Vaccination in the Punjab 1883-1896 - 1883-1896
Year: 1883
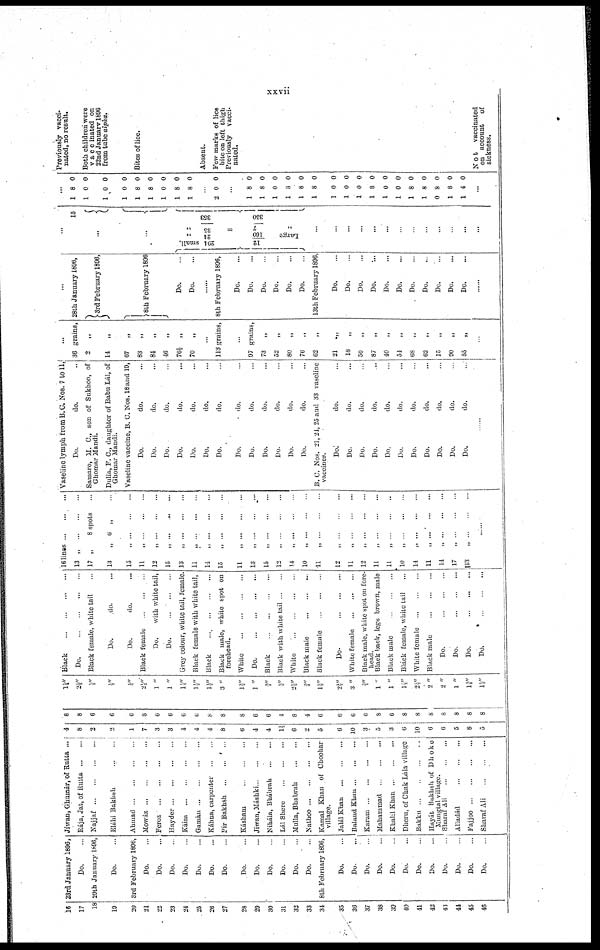
xxvii
16
17
18
19
20
21
22
23
24
25
26
27
28
29
30
31
32
33
34
35
36
37
38
39
40
41
42
43
44
45
46
23rd January 1896,
Do. ...
20th January 1896,
Do. ...
3rd February 1896,
Do. ...
Do. ...
Do. ...
Do. ...
Do. ...
Do. ...
Do. ...
Do. ...
Do. ...
Do. ...
Do. ...
Do. ...
Do. ...
8th February 1806,
Do. ...
Do. ...
Do. ...
Do. ...
Do. ...
Do. ...
Do. ...
Do. ...
Do. ...
Do. ...
Do. ...
Do. ...
Jíwan, Ghumár, of Rutta ...
Rája, Jat, of Rutta
...
...
Najjaf
...
...
...
...
Elábi Bakhsh
...
...
Ahmad
...
...
...
...
Mowáz
...
...
...
...
Feroz
...
...
...
...
Hayder
...
...
...
...
Kaim
...
...
...
...
Gamán
...
...
...
...
Káhna, carpenter
...
...
Pír Bakhsh
...
...
...
Kásham
...
...
...
Jiwan, Máshki
...
...
...
Nihála, Bhábrah
...
...
Lál Shere
...
...
...
Mulla, Bbabrah
...
...
Nathoo
...
...
...
...
Kamal Khan of Choohar
village.
Jalál Khan
...
...
...
Baland Khan
...
...
...
Karam
...
...
...
...
Mahammad
...
...
...
Khalil Khan
...
...
...
Dheru, of Chak Lála village
Bakku
...
...
...
...
Hayát Bakhsh of
Dhoke
Mungtal village.
Sharaf Ali
...
...
...
Alladád
...
...
...
Fajjoo
...
...
...
...
Sharaf Ali
...
...
...
4
8
2
2
1
7
3
3
4
4
4
8
6
4
4
1½
6
2
5
6
10
3
5
3
6
10
6
6
5
8
5
8
8
6
6
6
8
6
6
6
6
8
8
8
6
6
4
8
4
6
6
6
6
8
6
8
8
8
8
8
8
8
1½"
2½"
½"
½"
¼"
2½"
1 "
1 "
1½"
1½"
1½"
3 "
1½"
1"
¾"
½"
2½"
¾"
1½"
2½"
3 "
¾"
1 "
1 "
1½"
2½"
2 "
2 "
1 "
1¾"
1½"
Black
...
...
...
...
Do.
...
...
...
...
Black female, white tail ...
Do.
do. ...
Do.
do. ...
Black female
...
...
...
Do.
with white tail,
Do. ... ... ...
Grey colour, white tail, female.
Black female with white tail,
Black
...
...
...
...
Black male, white spot on
forehead.
White
...
...
...
...
Do.
...
...
...
...
Black
...
...
...
...
Black with white tail... ...
White
...
...
...
...
Black male ... ... ...
Black female ... ... ...
Do.
...
...
...
...
White female ... ... ...
Black male, white spot on fore-
head.
Black back, legs brown, male
Black male
...
...
...
...
Black female, white tail ...
White female ... ... ... ...
Black male... ... ...
Do. ... ... ...
Do. ... ... ...
Do. ... ... ...
Do. ... ... ...
16 1inse
...
...
...
13
„
...
...
...
17 „
8 spots ...
13
„ 6 „ ...
15
„
...
...
...
11
„
...
...
...
12
„
...
...
...
15
„
...
...
...
13
„
...
...
...
11
„
...
...
...
14 „ ... ... ...
15
„
...
...
...
11 „ ... ... ...
13 „ ... ... ...
15
„
...
...
...
12
„
...
...
...
14
„
...
...
...
10
„
...
...
...
11
„
...
...
...
12
„
...
...
...
11
„
...
...
...
12
„
...
...
...
11
„
...
...
...
11
„
...
...
...
10
„
...
...
...
11
„
...
...
...
11
„
...
...
...
14
„
...
...
...
17
„
...
...
...
13
„
...
...
...
......
Vaseline lymph from B. C. Nos, 7 to 11,
Do.
do. ..
Samaro, M. C., son of Sukhoo, of
Ghomar Mandi.
Dulia, F. C, daughter of Babu Lál, of
Ghomar Mandi.
Vaseline vaccine, B. C. NOS. 18 and 19,
Do.
do. ...
Do.
do. ...
Do.
do. ...
Do.
do. ...
Do.
do. ...
Do.
do. ...
Do.
do. ...
Do.
do. ...
Do.
do. ...
Do.
do. ...
Do.
do. ...
Do.
do. ...
Do.
do. ...
B. C. Nos. 21, 24, 25 and 33 vaseline
vaccines.
Do.
do. ...
Do.
do. ...
Do.
do. ...
Do.
do. ...
Do,
do. ...
Do.
do. ...
Do.
do. ...
Do.
do. ...
Do.
do. ...
Do.
do. ...
Do.
do. ...
......
...
36 grains,
2 „
14 „
67
„
83 „
84
„
46 „
76½
„
70
„
113 grains,
...
97 grains,
73
„
52
80
„
76 „
62
„
21
„
18 „
50 „
87 „
40 „
54
„
68
„
62 „
15 „
90 „
55
„
...
...
28th January 1896,
3rd February 1896,
8th February 1896
Do. ...
Do. ...
8th February 1896,
Do. ...
Do. ...
Do. ...
Do. ...
Do. ...
Do. ...
13th February 1896,
Do. ...
Do. ...
Do. ...
Do. ...
Do. ...
Do. ...
Do. ...
Do. ...
Do. ...
Do. ...
Do. ...
......
...
15
. . .
...
small.
204
12
„
24
160
Large
„
35
=
7
„
353
350
...
...
...
...
...
...
...
...
...
...
...
...
...
...
1
1
1
1
1
1
1
1
1
8
0
0
0
8
8
0
8
8
0
0
0
0
0
0
0
0
0
...
2 0 0
...
1
1
1
1
1
1
1
1
1
1
1
1
1
1
0
1
1
8
8
0
8
8
8
0
0
0
8
0
0
8
8
8
8
4
0
0
0
0
0
0
0
0
0
0
0
0
0
0
0
0
0
...
Previously vacci-
nated, no result.
Both children were
v a c c inated on
22nd January 1896
from tube alpha.
Bites of lice.
Absent.
Few marks of lice
bite on left thigh
Previously
vacci-
nated.
Not
vaccinated
on account
of
sickness.